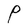
Character: P